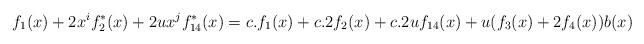
LaTeX: \begin{align*}f_1(x)+2x^if_2^*(x)+2ux^jf_{14}^*(x)=c.f_1(x)+c.2f_2(x)+c.2uf_{14}(x)+u (f_3(x)+2 f_4(x))b(x)\end{align*}